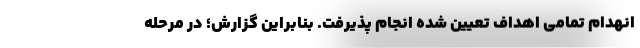
انهدام تمامی اهداف تعیین شده انجام پذیرفت. بنابراین گزارش؛ در مرحله